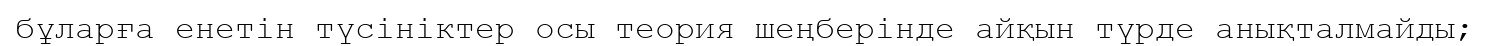
бұларға енетін түсініктер осы теория шеңберінде айқын түрде анықталмайды;